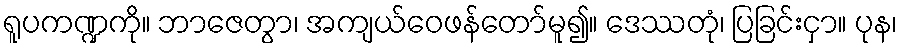
ရူပကဏ္ဍကို။ ဘာဇေတွာ၊ အကျယ်ဝေဖန်တော်မူ၍။ ဒေဿတုံ၊ ပြခြင်းငှာ။ ပုန၊